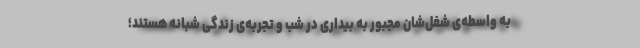
به واسطه‌ی شغل‌شان مجبور به بیداری در شب و تجربه‌ی زندگی شبانه هستند؛